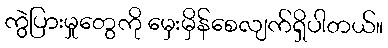
ကွဲပြားမှုတွေကို မှေးမှိန်စေလျက်ရှိပါတယ်။